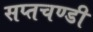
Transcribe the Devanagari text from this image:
सप्तचण्डी